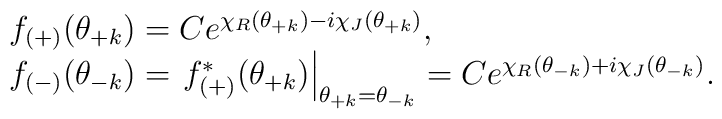
\begin{array}{l}f_{(+)}(\theta_{+k})=Ce^{\chi_{R}(\theta_{+k})-i\chi_{J}(\theta_{+k})}, \\f_{(-)}(\theta_{-k})=\left.f_{(+)}^{*}(\theta_{+k}) \right|_{\theta_{+k}=\theta_{-k}}=Ce^{\chi_{R}(\theta_{-k})+i\chi_{J}(\theta_{-k})}.\end{array}